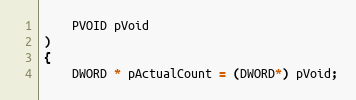
Language: C++
    PVOID pVoid
)
{
    DWORD * pActualCount = (DWORD*) pVoid;